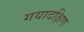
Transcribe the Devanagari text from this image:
गयादक्षिण